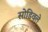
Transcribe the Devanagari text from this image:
सोडिवले